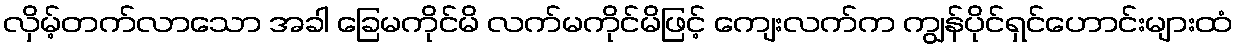
လှိမ့်တက်လာသော အခါ ခြေမကိုင်မိ လက်မကိုင်မိဖြင့် ကျေးလက်က ကျွန်ပိုင်ရှင်ဟောင်းများထံ